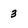
Character: 3